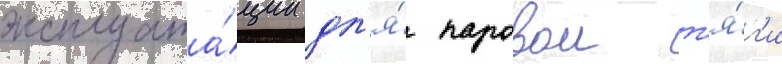
эксплуата́ции дл'я́ паровои т'я́г'и